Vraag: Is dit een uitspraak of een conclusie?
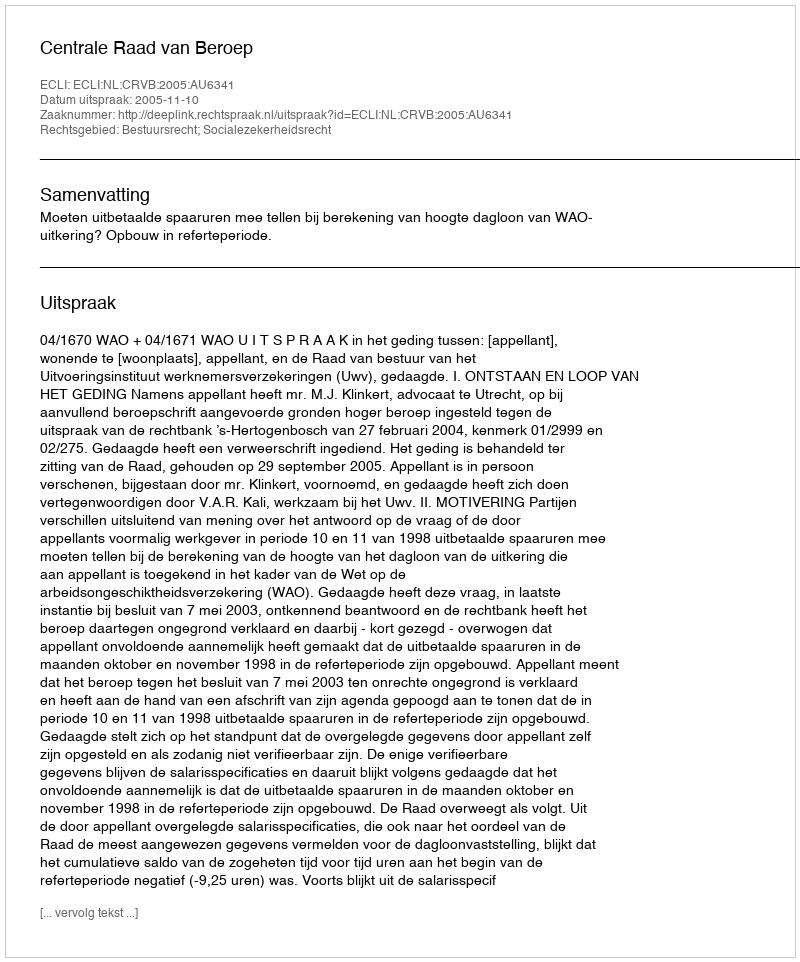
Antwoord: Uitspraak